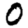
Digit: 0